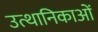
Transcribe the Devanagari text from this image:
उत्थानिकाओं